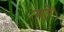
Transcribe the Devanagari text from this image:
नारे।